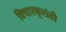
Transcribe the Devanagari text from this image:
विचारक्रांती